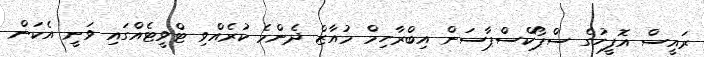
ރައީސް އޮފީހުގެ ސްޕޯކްސްޕާސަން އިބްރާހިމް މުއާޒް ދެންމެ ކުރެއްވި ޓްވީޓެއްގައި ވަނީ އެކަން